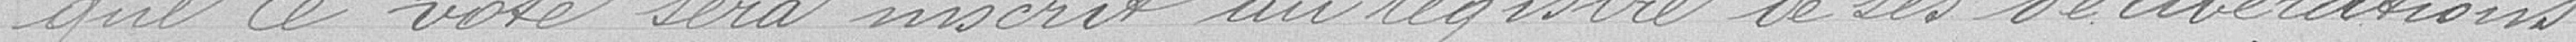
que ce vote sera inscrit au registre et des délibérations.